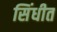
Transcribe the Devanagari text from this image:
सिंधीत